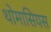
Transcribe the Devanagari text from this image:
थोमासियस